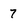
Character: 7